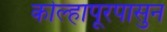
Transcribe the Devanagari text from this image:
कोल्हापूरपासुन